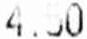
4.50